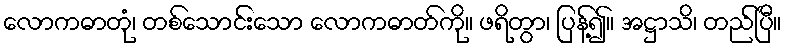
လောကဓာတုံ၊ တစ်သောင်းသော လောကဓာတ်ကို။ ဖရိတွာ၊ ပြန့်၍။ အဋ္ဌာသိ၊ တည်ပြီ။